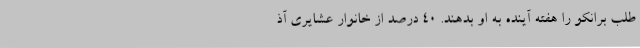
طلب برانکو را هفته آینده به او بدهند. 40 درصد از خانوار عشایری آذ